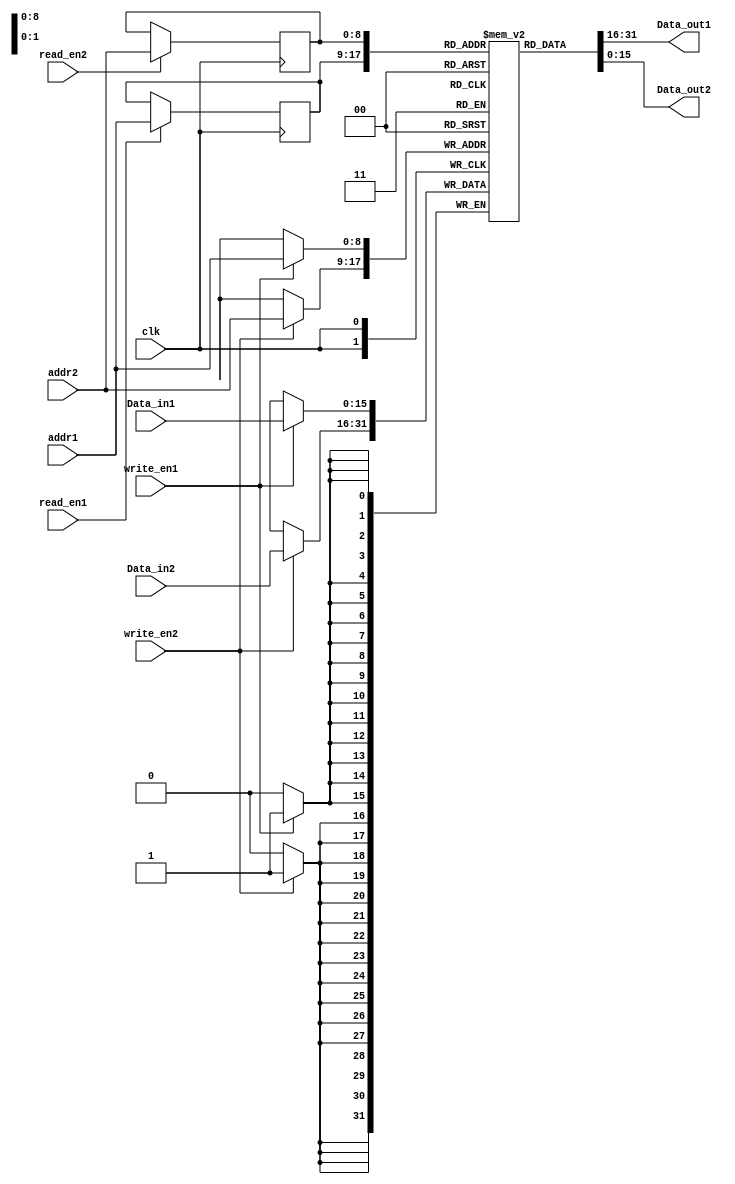
module dualport_ram(
    clk,
    write_en1,write_en2,
    read_en1,read_en2,
    addr1,addr2,
    Data_in1,Data_in2,
    Data_out1,Data_out2
);
    input clk,write_en1,write_en2,read_en1,read_en2;
    input[8:0] addr1,addr2;
    input[15:0] Data_in1,Data_in2;
    output[15:0] Data_out1,Data_out2;

    reg[15:0] dualport_ram[511:0];
    reg[8:0] addr_read1,addr_read2;

    always @(posedge clk) 
    begin
    
      if (write_en1 == 1) 
        begin
           dualport_ram[addr1] <= Data_in1;
           //addr_read1 <= addr1; 
        end
        if (read_en1 == 1)
        begin
            addr_read1 <= addr1;
        end 

		  if (write_en2 == 1) 
		  
        begin
           dualport_ram[addr2] <= Data_in2;
           //addr_read1 <= addr1; 
        end
    

        if (read_en2 == 1)
        begin
            addr_read2 <= addr2;
        end
    
	 
	 end
    assign Data_out1 = dualport_ram[addr_read1];
    assign Data_out2 = dualport_ram[addr_read2];
endmodule